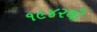
૧૯૪૨થી